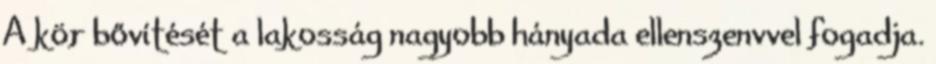
A kör bővítését a lakosság nagyobb hányada ellenszenvvel fogadja.